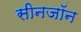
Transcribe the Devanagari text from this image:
सीनजॉन